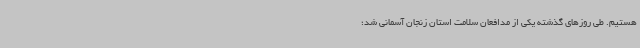
هستیم. طی روزهای گذشته یکی از مدافعان سلامت استان زنجان آسمانی شد؛